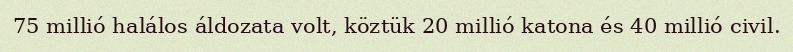
75 millió halálos áldozata volt, köztük 20 millió katona és 40 millió civil.